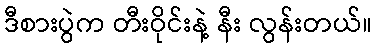
ဒီစားပွဲက တီးဝိုင်းနဲ့ နီး လွန်းတယ်။